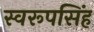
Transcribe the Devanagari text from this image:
स्वरूपसिंह